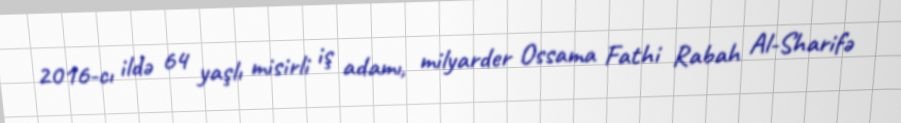
2016-cı ildə 64 yaşlı misirli iş adamı, milyarder Ossama Fathi Rabah Al-Sharifə